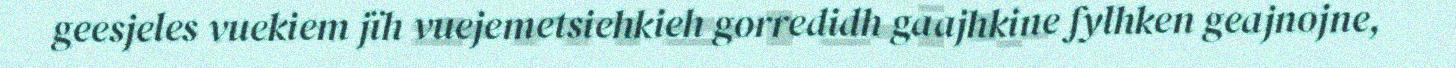
geesjeles vuekiem jïh vuejemetsiehkieh gorredidh gaajhkine fylhken geajnojne,